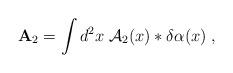
LaTeX: \begin{align*}{\bf A}_2=\int d^2x\; {\cal A}_2(x) * \delta\alpha(x)\;,\end{align*}